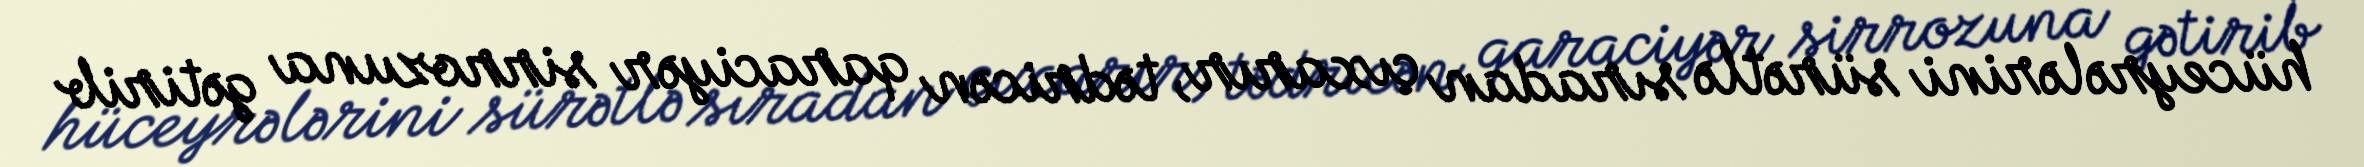
hüceyrələrini sürətlə sıradan çıxarır, tədricən qaraciyər sirrozuna gətirib